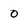
Character: O